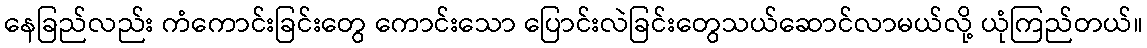
နေခြည်လည်း ကံကောင်းခြင်းတွေ ကောင်းသော ပြောင်းလဲခြင်းတွေသယ်ဆောင်လာမယ်လို့ ယုံကြည်တယ်။